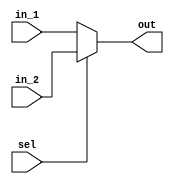
module mux2_1_5b(
input  wire [4:0] in_1, 
input  wire [4:0] in_2,
input  wire         sel,
output wire [4:0] out);
  
assign out = (sel == 1'b0)? in_1:in_2 ;
  
  
endmodule